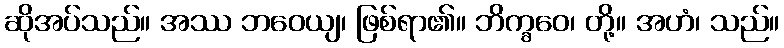
ဆိုအပ်သည်။ အဿ ဘဝေယျ၊ ဖြစ်ရာ၏။ ဘိက္ခဝေ၊ တို့။ အဟံ၊ သည်။